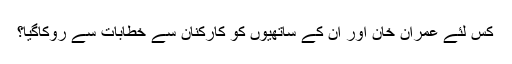
کس لئے عمران خان اور اِن کے ساتھیوں کو کارکنان سے خطابات سے روکاگیا؟